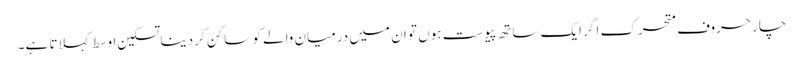
چار حروفِ متحرک اگر ایک ساتھ پیوست ہوں تو ان میں درمیان والے کو ساکن کر دینا تسکینِ اوسط کہلاتا ہے۔